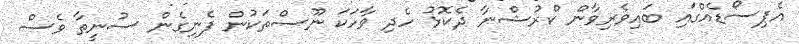
އެޕިސޯޑެއްގައި ބައިވެރިވާން ކްރުޝްނާ ދެކޮޅު ހެދި ވާހަކަ ނޫސްތަކުން ފެނިގެން ސުނީތާ ވެސް